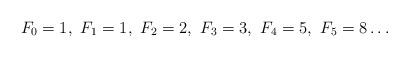
LaTeX: \begin{align*}F_{0}=1,\thinspace\thinspace F_{1}=1,\thinspace\thinspace F_{2}=2,\thinspace\thinspace F_{3}=3,\thinspace\thinspace F_{4}=5,\thinspace\thinspace F_{5}=8\dots\end{align*}